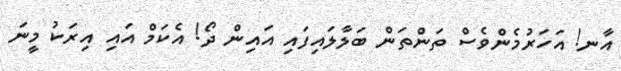
އާނ! އަހަރުމެންވެސް ތަންތަން ބަލާލައިފައި އައިން ދޯ! އެކަމް އައި އިރަކު މީނަ